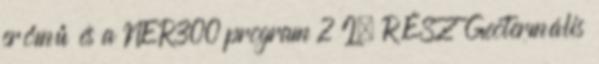
erőmű és a NER300 program 2 I. RÉSZ Geotermális